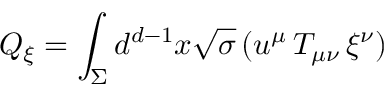
Q _ { \xi } = \int _ { \Sigma } d ^ { d - 1 } x \sqrt { \sigma } \, ( u ^ { \mu } \, T _ { \mu \nu } \, \xi ^ { \nu } )